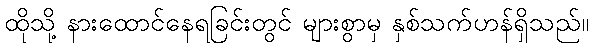
ထိုသို့ နားထောင်နေရခြင်းတွင် များစွာမှ နှစ်သက်ဟန်ရှိသည်။